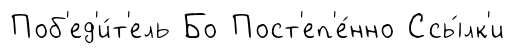
Поб'ед'и́т'ель Бо Пост'еп'е́нно Ссы́лк'и